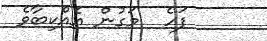
ފަހެ  މަގުން އެއްކިބާވެ